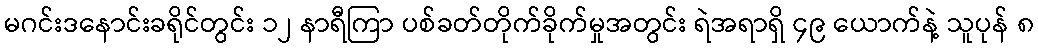
မဂင်းဒနောင်းခရိုင်တွင်း ၁၂ နာရီကြာ ပစ်ခတ်တိုက်ခိုက်မှုအတွင်း ရဲအရာရှိ ၄၉ ယောက်နဲ့ သူပုန် ၈